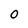
Character: O